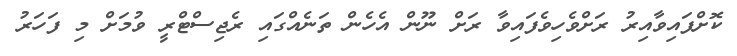
ކޮށްފައިވާއިރު ރަށްވެހިވެފައިވާ ރަށް ނޫން އެހެން ތަނެއްގައި ރެޖިސްޓްރީ ވުމަށް މި ފަހަރު